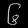
Digit: ၆